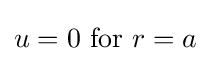
u=0{\text{ for }}r=a